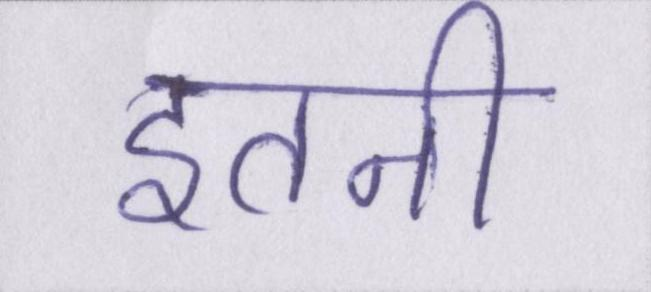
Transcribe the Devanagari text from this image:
इतनी